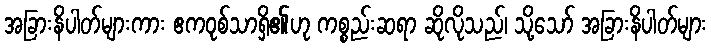
အခြားနိပါတ်များကား ဧကဝုစ်သာရှိ၏ဟု ကစ္စည်းဆရာ ဆိုလိုသည်၊ သို့သော် အခြားနိပါတ်များ